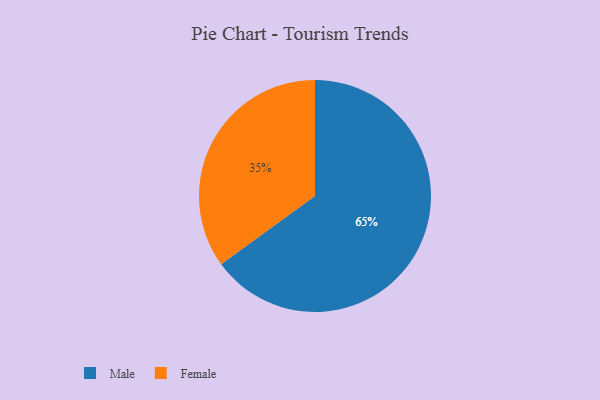
{"axis": {"x": "Category", "y": "Percentage"}, "legend": ["Female", "Male"], "data": [{"x": "Male", "y": 65, "type": "Male"}, {"x": "Female", "y": 35, "type": "Female"}]}